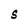
Character: S